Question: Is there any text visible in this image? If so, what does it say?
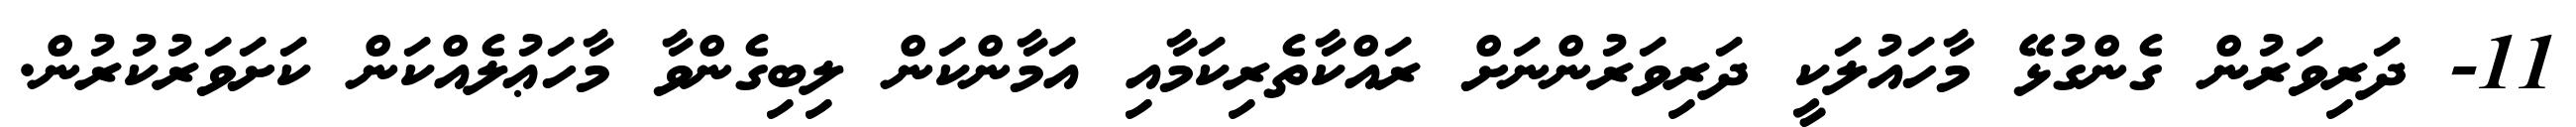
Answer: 11- ދަރިވަރުން ގެންގުޅޭ މާހައުލަކީ ދަރިވަރުންނަށް ރައްކާތެރިކަމާއި އަމާންކަން ލިބިގެންވާ މާހަޢުލެއްކަން ކަށަވަރުކުރުން.